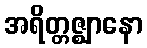
အရိတ္တဇ္ဈာနော